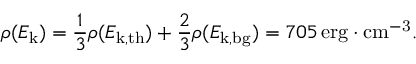
\rho ( E _ { \mathrm { k } } ) = \frac { 1 } { 3 } \rho ( E _ { \mathrm { k , t h } } ) + \frac { 2 } { 3 } \rho ( E _ { \mathrm { k , b g } } ) = 7 0 5 \, \mathrm { e r g } \cdot \mathrm { c m ^ { - 3 } } .